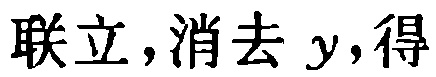
联立,消去 \(y\),得